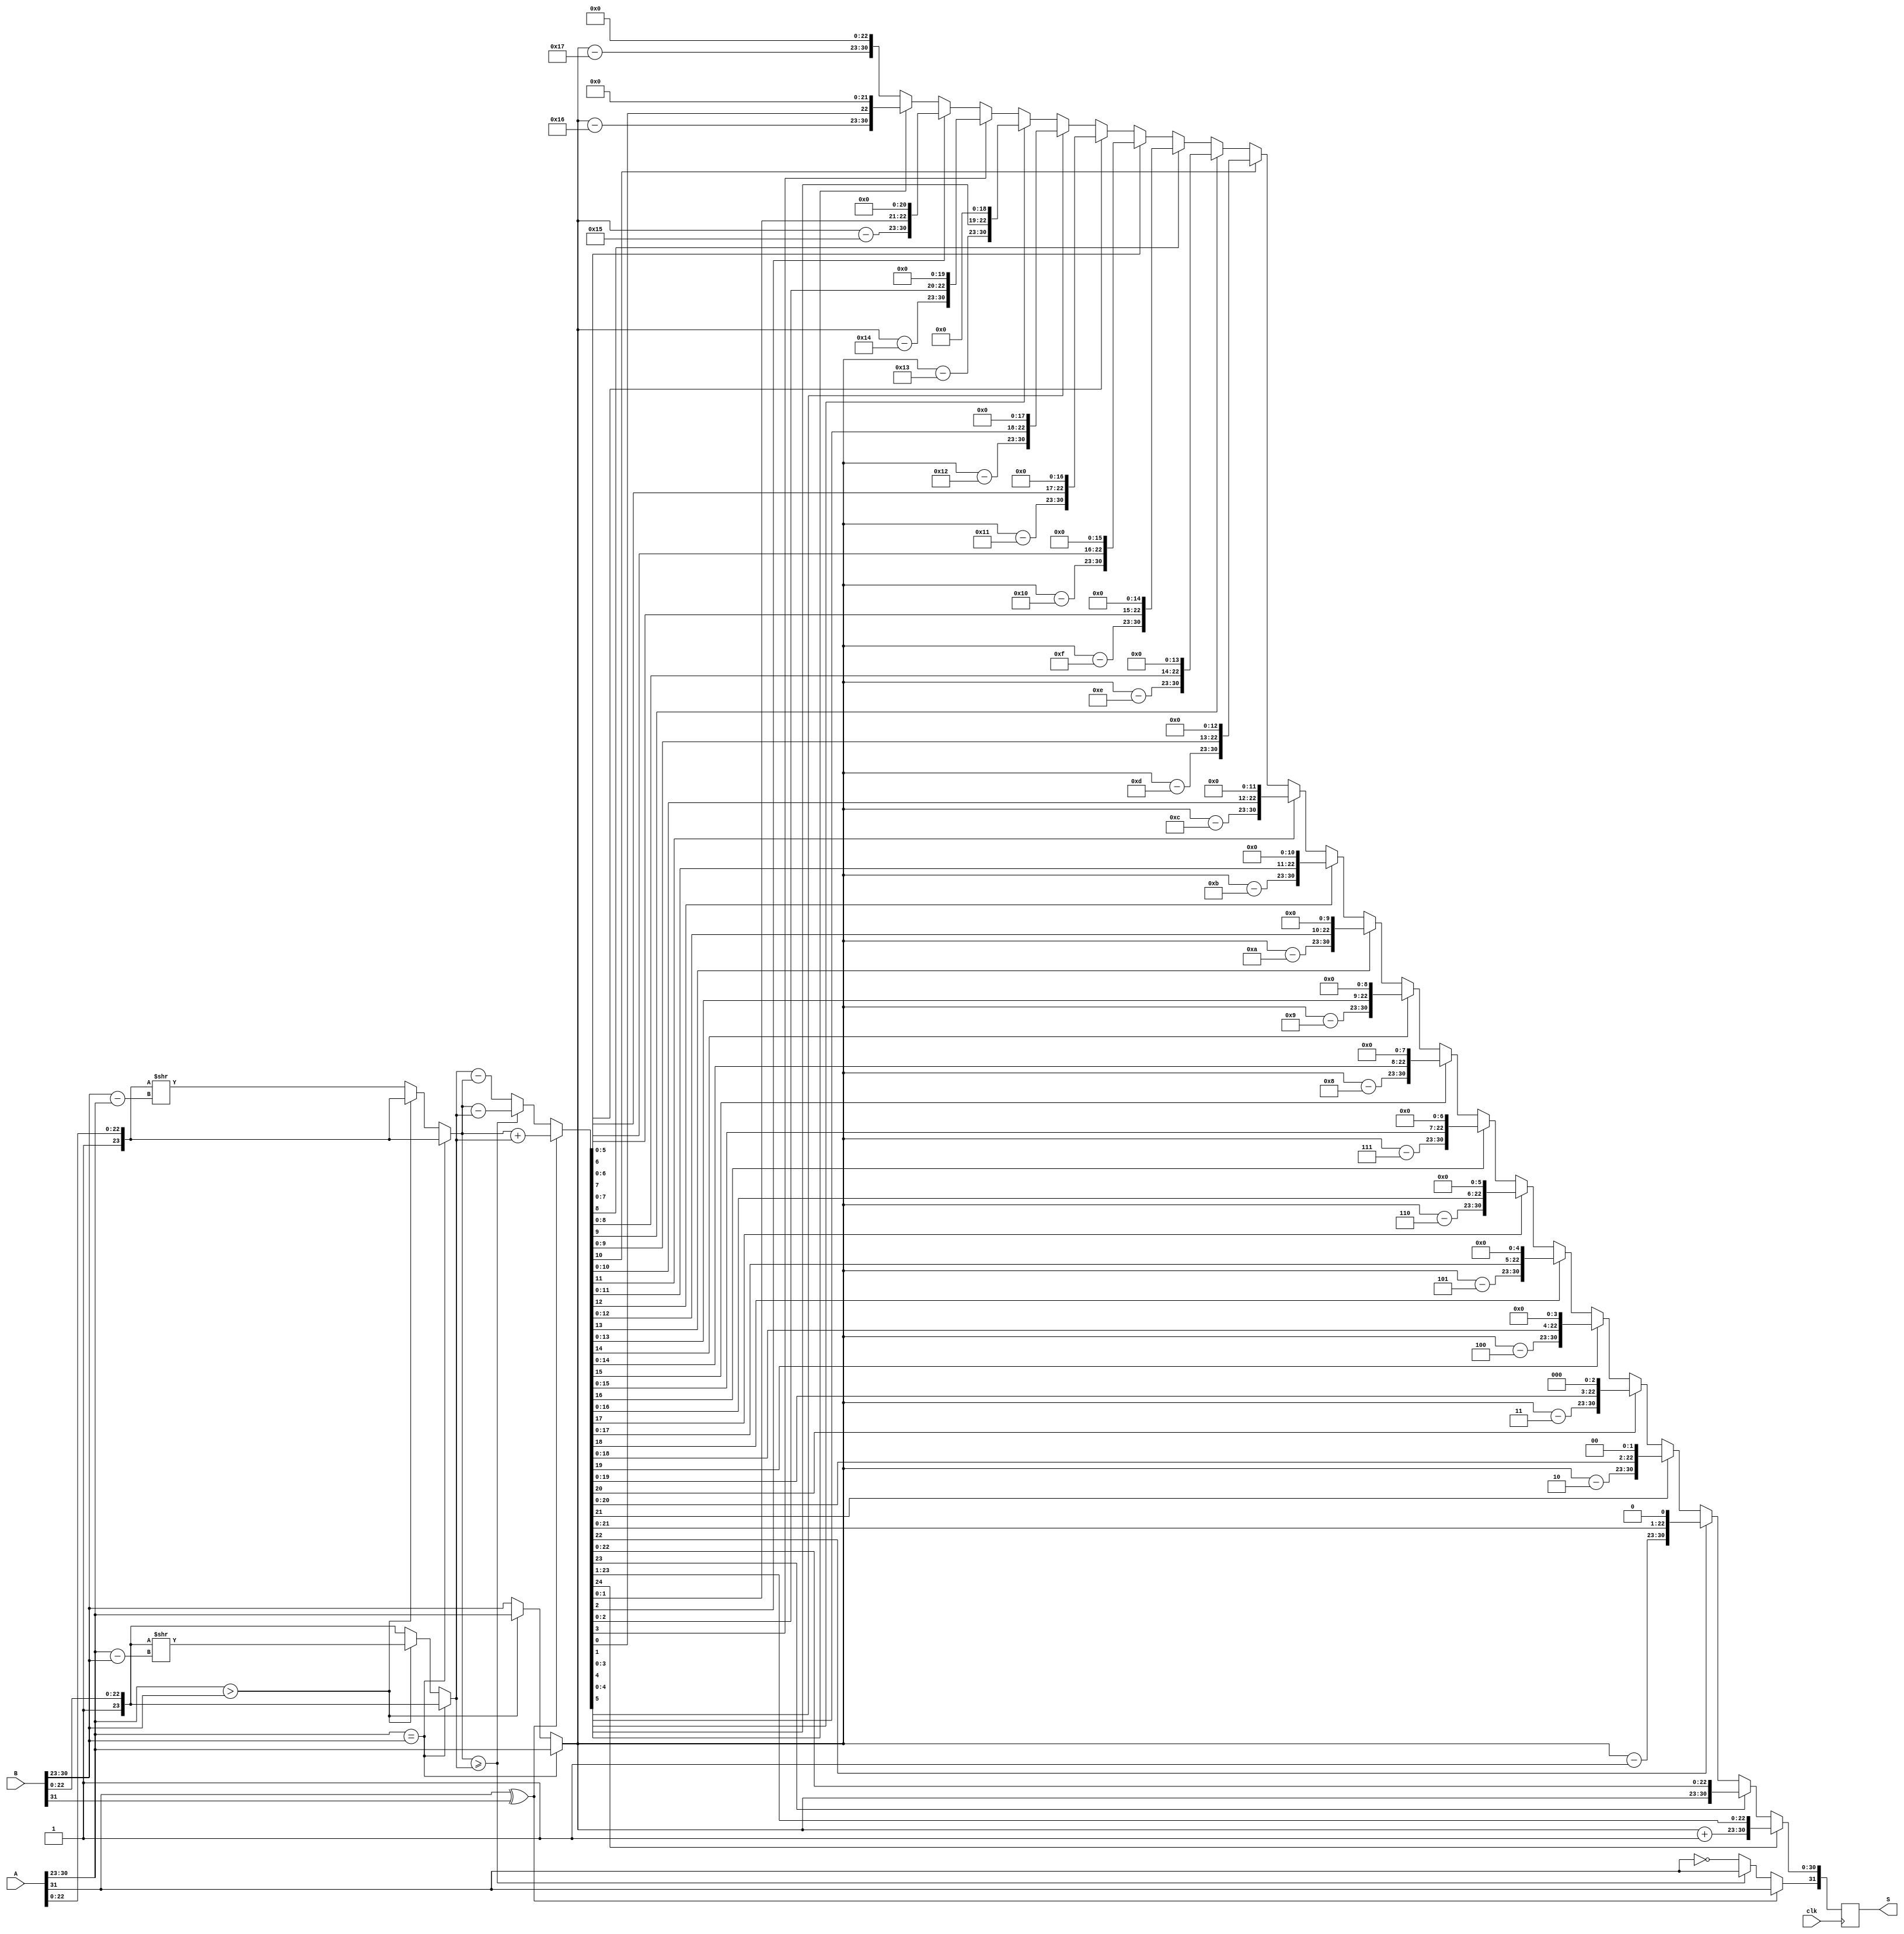
`timescale 1ns / 1ps
//////////////////////////////////////////////////////////////////////////////////
// Company: 
// Engineer: 
// 
// Design Name: 
// Module Name: jianfa
// Project Name: 
// Target Devices: 
// Tool Versions: 
// Description: 
// 
// Dependencies: 
// 
// Revision:
// Revision 0.01 - File Created
// Additional Comments:
// 
//////////////////////////////////////////////////////////////////////////////////


module jianfa(clk,A,B,S);//
input clk;
input [31:0]A;
input [31:0]B;
output [31:0]S;

reg [31:0]S;
reg signA;//
reg signB;
reg signS;
reg [7:0]expA;//
reg [7:0]expB;
reg [7:0]expS;
reg [23:0]manA;//
reg [23:0]manB;
reg [24:0]manS;
reg [7:0]count=0;
always@(posedge clk)
begin
	signA=A[31];
	signB=B[31];
	expA=A[30:23];
	expB=B[30:23];
	manA={1'b1,A[22:0]};
	manB={1'b1,B[22:0]};
		
	if(expA==expB)begin//
		count=8'b0;
		expS=expA;end
	else if(expA>expB)
		begin
			count=expA-expB;
			manB[23:0]=manB[23:0]>>count;
			expS=expA;
		end
	else
		begin
			count=expB-expA;
			manA=manA>>count;
			expS=expB;
		end
	
	if(signA^signB)//
	begin
			manS=manA+manB;
			signS=signA;
	end
	else begin
		if(manA>=manB)begin
			manS=manA-manB;
			signS=signA;end
		else begin
			manS=manB-manA;
			signS=~signA;end
		end
		
		
		if(manS[24])begin//
			expS=expS+1;
			S={signS,expS[7:0],manS[23:1]};end		
		else begin
	if(manS[23])begin//
			S={signS,expS[7:0],manS[22:0]};end
	else if(manS[22])begin
			expS=expS-1;
			manS=manS<<1;
			S={signS,expS[7:0],manS[22:0]};end
	else if(manS[21])begin
			expS=expS-2;
			manS=manS<<2;
			S={signS,expS[7:0],manS[22:0]};end
	else if(manS[20])begin
			expS=expS-3;
			manS=manS<<3;
			S={signS,expS[7:0],manS[22:0]};end
	else if(manS[19])begin
			expS=expS-4;
			manS=manS<<4;
			S={signS,expS[7:0],manS[22:0]};end
	else if(manS[18])begin
			expS=expS-5;
			manS=manS<<5;
			S={signS,expS[7:0],manS[22:0]};end
	else if(manS[17])begin
			expS=expS-6;
			manS=manS<<6;
			S={signS,expS[7:0],manS[22:0]};end
	else if(manS[16])begin
			expS=expS-7;
			manS=manS<<7;
			S={signS,expS[7:0],manS[22:0]};end
	else if(manS[15])begin
			expS=expS-8;
			manS=manS<<8;
			S={signS,expS[7:0],manS[22:0]};end
	else if(manS[14])begin
			expS=expS-9;
			manS=manS<<9;
			S={signS,expS[7:0],manS[22:0]};end
	else if(manS[13])begin
			expS=expS-10;
			manS=manS<<10;
			S={signS,expS[7:0],manS[22:0]};end
	else if(manS[12])begin
			expS=expS-11;
			manS=manS<<11;
			S={signS,expS[7:0],manS[22:0]};end
	else if(manS[11])begin
			expS=expS-12;
			manS=manS<<12;
			S={signS,expS[7:0],manS[22:0]};end
	else if(manS[10])begin
			expS=expS-13;
			manS=manS<<13;
			S={signS,expS[7:0],manS[22:0]};end
	else if(manS[9])begin
			expS=expS-14;
			manS=manS<<14;
			S={signS,expS[7:0],manS[22:0]};end
	else if(manS[8])begin
			expS=expS-15;
			manS=manS<<15;
			S={signS,expS[7:0],manS[22:0]};end
	else if(manS[7])begin
			expS=expS-16;
			manS=manS<<16;
			S={signS,expS[7:0],manS[22:0]};end
	else if(manS[6])begin
			expS=expS-17;
			manS=manS<<17;
			S={signS,expS[7:0],manS[22:0]};end
	else if(manS[5])begin
			expS=expS-18;
			manS=manS<<18;
			S={signS,expS[7:0],manS[22:0]};end
	else if(manS[4])begin
			expS=expS-19;
			manS=manS<<19;
			S={signS,expS[7:0],manS[22:0]};end
	else if(manS[3])begin
			expS=expS-20;
			manS=manS<<20;
			S={signS,expS[7:0],manS[22:0]};end
	else if(manS[2])begin
			expS=expS-21;
			manS=manS<<21;
			S={signS,expS[7:0],manS[22:0]};end
	else if(manS[1])begin
			expS=expS-22;
			manS=manS<<22;
			S={signS,expS[7:0],manS[22:0]};end
	else begin
			expS=expS-23;
			manS=manS<<23;
			S={signS,expS[7:0],manS[22:0]};end
	end		
end
endmodule